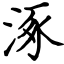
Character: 涿